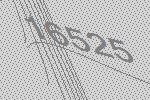
16525